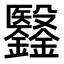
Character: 𣫫